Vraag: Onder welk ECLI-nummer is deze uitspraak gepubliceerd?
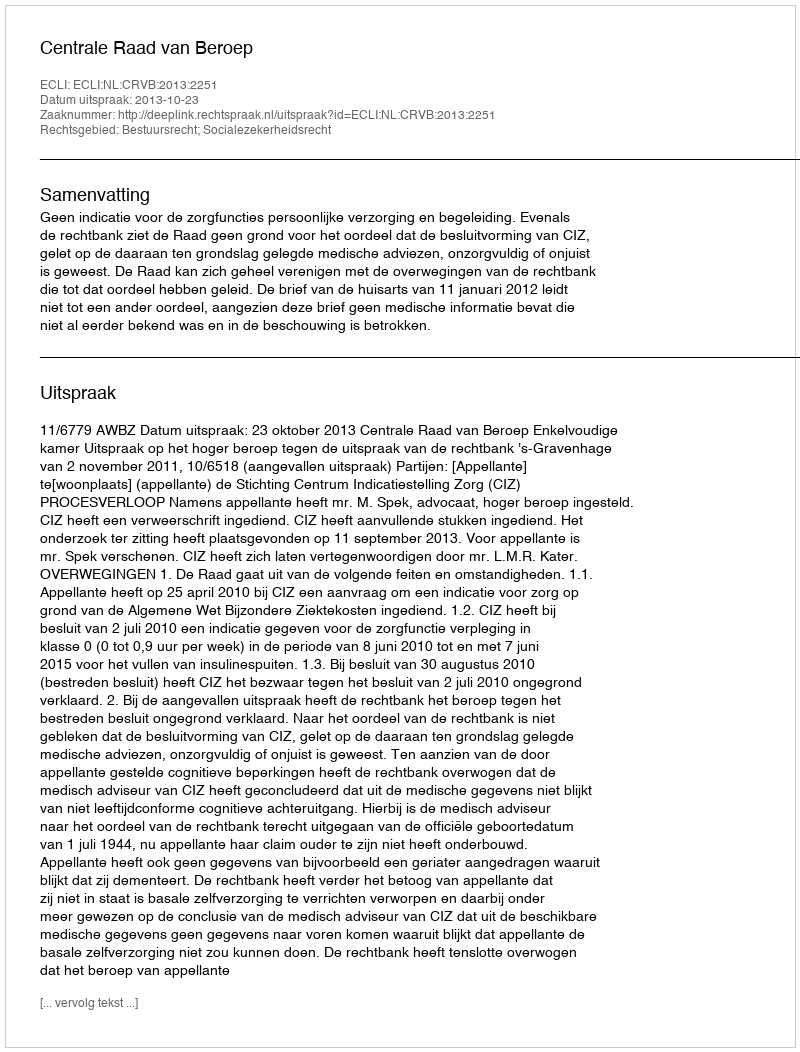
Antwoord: ECLI:NL:CRVB:2013:2251